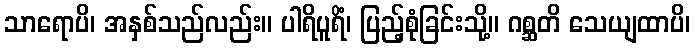
သာရောပိ၊ အနှစ်သည်လည်း။ ပါရိပူရိံ၊ ပြည့်စုံခြင်းသို့။ ဂစ္ဆတိ သေယျထာပိ၊